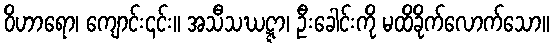
ဝိဟာရော၊ ကျောင်း၎င်း။ အသီသဃဋ္ဋာ၊ ဦးခေါင်းကို မထိခိုက်လောက်သော။